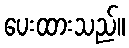
ပေးထားသည်။